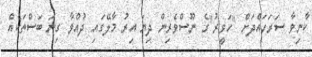
ކާނިވާ ސަރަހައްދަށް "ހަވީރު"ގެ ނޫސްވެރިން ދިޔަ އިރު މާލޭގައި ދުއްވާ ގިނަ ބަސްތަކެއް